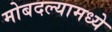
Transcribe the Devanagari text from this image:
मोबदल्यामध्ये